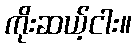
ကိုးဆယ့်ငါး။